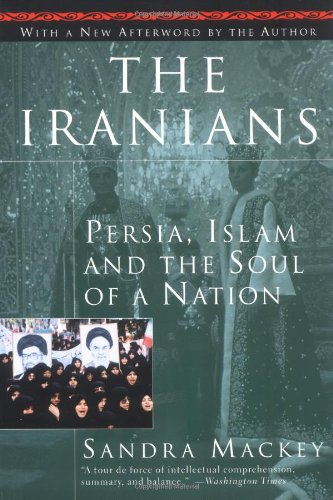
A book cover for The Iranians: Persia, Islam and the Soul of a Nation; Sandra Mackey; History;